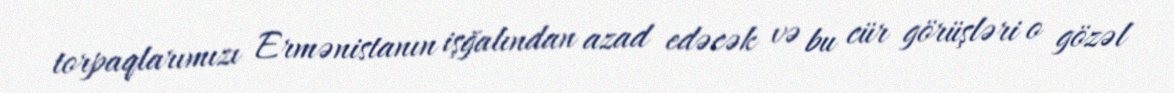
torpaqlarımızı Ermənistanın işğalından azad edəcək və bu cür görüşləri o gözəl